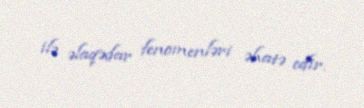
ilə əlaqədar fenomenləri əhatə edir.